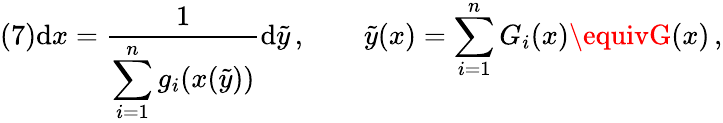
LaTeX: (7)\mathrm{d}x=\frac{1}{{\displaystyle\sum_{i=1}^{n}g_{i}(x(\tilde{{y}}))}}\mathrm{d}\tilde{{y}}\, ,\qquad\tilde{{y}}(x)=\sum_{i=1}^{n}G_{i}(x)\equivG(x)\, ,